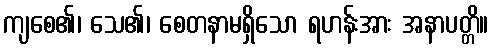
ကျစေ၏၊ သေ၏၊ စေတနာမရှိသော ရဟန်းအား အနာပတ္တိ။